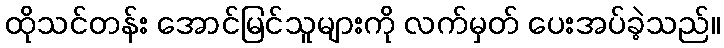
ထိုသင်တန်း အောင်မြင်သူများကို လက်မှတ် ပေးအပ်ခဲ့သည်။